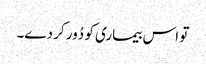
تو اس بیماری کو دُور کر دے۔